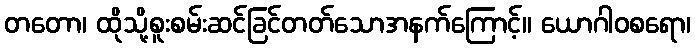
တတော၊ ထိုသို့စူးစမ်းဆင်ခြင်တတ်သောအနက်ကြောင့်။ ယောဂါဝစရော၊